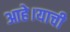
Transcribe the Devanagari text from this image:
आहे।याची